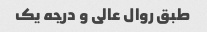
طبق روال عالی و درجه یک